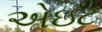
એઇટ